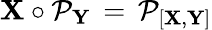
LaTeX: {\mathbf X}\circ{\cal P}_{\mathbf Y}\, =\, {\cal P}_{[{\mathbf X},{\mathbf Y}]}